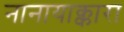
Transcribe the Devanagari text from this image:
नानायाक्कारा